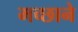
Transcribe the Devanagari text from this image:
मच्छाने